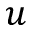
u